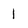
Character: I